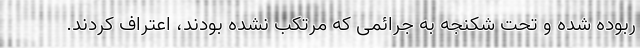
ربوده شده و تحت شکنجه به جرائمی که مرتکب نشده بودند، اعتراف کردند.